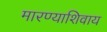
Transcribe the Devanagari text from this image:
मारण्याशिवाय